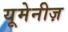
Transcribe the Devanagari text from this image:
यूमेनीज़